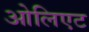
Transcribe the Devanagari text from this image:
ओलिएट